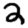
Digit: 2